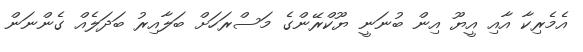
އެމެރިކާ އާއި އީޔޫ އިން ބުނަނީ ޔޫކްރޭންގެ މަސްރަހަށް ބަލާއިރު ބަދަލެއް ގެންނަން